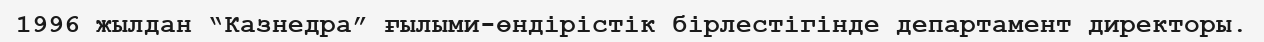
1996 жылдан “Казнедра” ғылыми-өндірістік бірлестігінде департамент директоры.